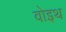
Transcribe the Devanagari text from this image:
वोइथ